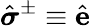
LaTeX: \hat{\boldsymbol{\sigma}}^{\pm}\equiv\hat{\mathbf{e}}